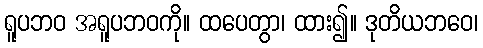
ရူပဘဝ အရူပဘဝကို။ ထပေတွာ၊ ထား၍။ ဒုတိယဘဝေ၊